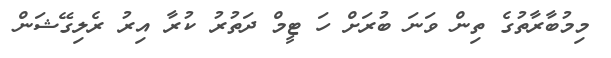
މިމުބާރާތުގެ ތިން ވަނަ ބުރަށް ހަ ޓީމް ދަތުރު ކުރާ އިރު ރެލިގޭޝަން